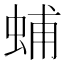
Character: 蜅